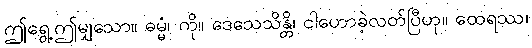
ဤရွေ့ဤမျှသော။ ဓမ္မံ၊ ကို။ ဒေသေသိန္တိ၊ ငါဟောခဲ့လတ်ပြီဟု။ ထေရဿ၊